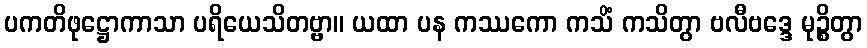
ပကတိဖုဋ္ဌောကာသာ ပရိယေသိတဗ္ဗာ။ ယထာ ပန ကဿကော ကသိံ ကသိတွာ ဗလီဗဒ္ဒေ မုဉ္စိတွာ